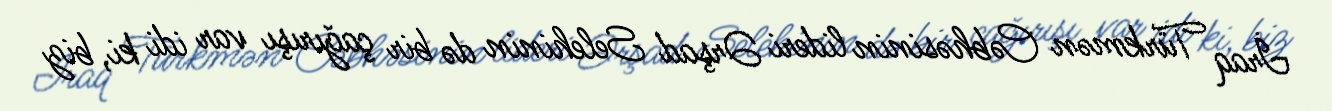
İraq Türkmən Cəbhəsinin lideri Ərşad Selehinin də bir çağırışı var idi ki, biz